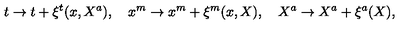
t \rightarrow t + \xi ^ { t } ( x , X ^ { a } ) , \quad x ^ { m } \rightarrow x ^ { m } + \xi ^ { m } ( x , X ) , \quad X ^ { a } \rightarrow X ^ { a } + \xi ^ { a } ( X ) ,